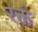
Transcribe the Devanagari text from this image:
रक्तं